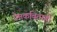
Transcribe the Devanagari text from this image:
प्रेमकविताही